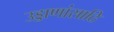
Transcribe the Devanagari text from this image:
उड्डाणांसाठि